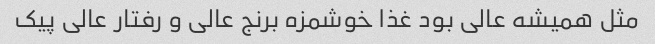
مثل همیشه عالی بود غذا خوشمزه برنج عالی و رفتار عالی پیک